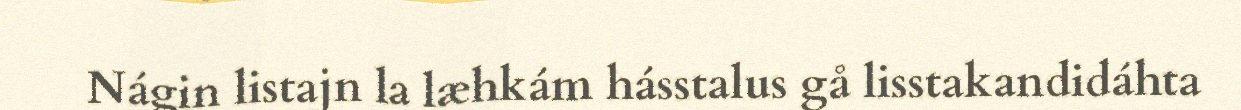
Nágin listajn la læhkám hásstalus gå lisstakandidáhta